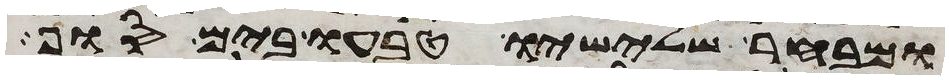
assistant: ומבחר שלישיו טבעו בים סוף